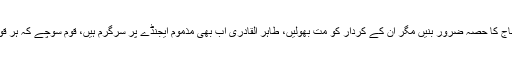
پرویز رشید نے مزید کہا کہ آصف زرداری احتجاج کا حصہ ضرور بنیں مگر ان کے کردار کو مت بھولیں، طاہر القادری اب بھی مذموم ایجنڈے پر سرگرم ہیں، قوم سوچے کہ ہر قومی انتخابات سے پہلے یہ دھرنا کیوں دیتے ہیں؟